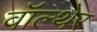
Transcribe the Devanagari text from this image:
वॉल्थेर